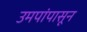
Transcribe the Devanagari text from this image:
उमपांपासून